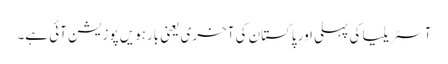
آسٹریلیا کی پہلی اور پاکستان کی آخری یعنی بارہویں پوزیشن آئی ہے۔